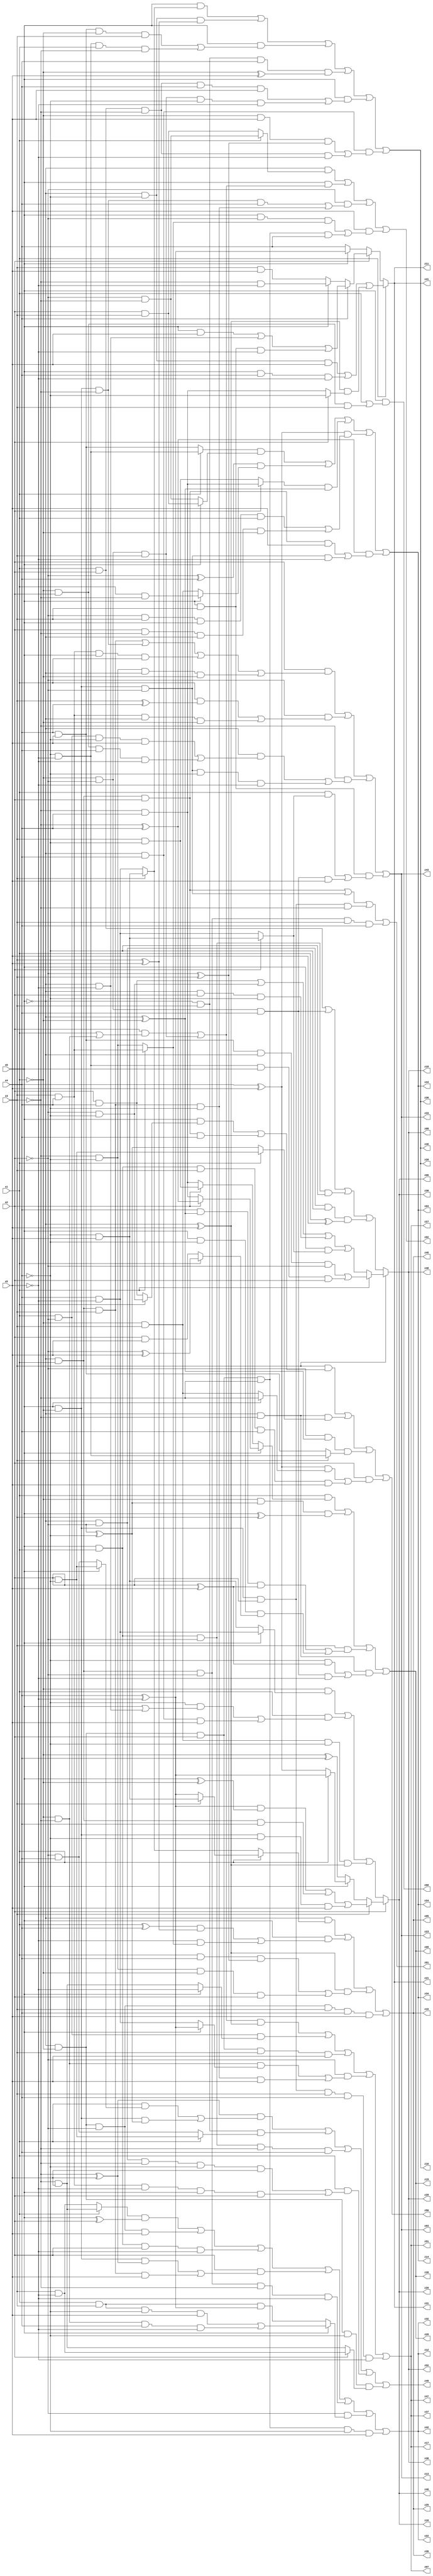
// Benchmark "q_8" written by ABC on Tue Jul 11 03:54:42 2023

module q_8 ( 
    x0, x1, x2, x3, x4, x5,
    z00, z01, z02, z03, z04, z05, z06, z07, z08, z09, z10, z11, z12, z13,
    z14, z15, z16, z17, z18, z19, z20, z21, z22, z23, z24, z25, z26, z27,
    z28, z29, z30, z31, z32, z33, z34, z35, z36, z37, z38, z39, z40, z41,
    z42, z43, z44, z45, z46, z47, z48, z49, z50, z51, z52  );
  input  x0, x1, x2, x3, x4, x5;
  output z00, z01, z02, z03, z04, z05, z06, z07, z08, z09, z10, z11, z12, z13,
    z14, z15, z16, z17, z18, z19, z20, z21, z22, z23, z24, z25, z26, z27,
    z28, z29, z30, z31, z32, z33, z34, z35, z36, z37, z38, z39, z40, z41,
    z42, z43, z44, z45, z46, z47, z48, z49, z50, z51, z52;
  assign z00 = x0 & (x1 | (~x1 & x2 & x3));
  assign z01 = (~x0 & x1 & x2) | (x0 & ~x1 & ~x2) | (x0 & ~x1 & x2 & ~x3) | (~x0 & x1 & ~x2 & x3 & x4);
  assign z02 = (~x0 & (x1 ? (~x2 & ~x3) : (x2 & x3))) | (x0 & ((x2 & (x1 | (~x1 & ~x3))) | (~x1 & ~x2 & x3))) | (~x2 & ((x0 & ~x1 & ~x3 & x4) | (~x0 & x1 & x3 & ~x4))) | (x5 & ((x0 & ~x2 & (x1 ? (x3 & x4) : (~x3 & ~x4))) | (~x0 & ~x1 & x2 & ~x3 & x4)));
  assign z03 = (x2 & ((~x0 & x1 & x3) | (x0 & ~x1 & ~x3) | (x3 & x4 & x0 & x1) | (~x3 & ~x4 & ~x0 & ~x1))) | (~x2 & ((x1 & (x3 ^ x4)) | (x3 & x4 & ~x0 & ~x1))) | (~x3 & ((~x0 & ((x1 & ~x2 & ~x4 & x5) | (~x1 & x2 & x4 & ~x5))) | (x0 & ~x1 & ~x2 & ~x4 & ~x5))) | (x0 & x3 & ((x1 & (x2 ? (~x4 & x5) : (x4 & ~x5))) | (~x1 & ~x2 & x4 & x5)));
  assign z04 = ((x1 ? (~x4 & ~x5) : (x4 & x5)) & (x0 ? (x2 & x3) : (~x2 & ~x3))) | ((~x2 ^ x4) & (x0 ? (x1 & ~x3) : (~x1 & x3))) | ((x2 ? (~x3 & x4) : (x3 & ~x4)) & (~x0 ^ ~x1)) | ((x4 ^ x5) & ((~x2 & x3 & x0 & x1) | (x2 & ~x3 & ~x0 & ~x1))) | ((~x3 ^ x4) & ((~x0 & x1 & x2 & x5) | (x0 & ~x1 & ~x2 & ~x5)));
  assign z05 = (~x0 & (x1 ? (x3 ? (~x4 & x5) : (x4 ^ ~x5)) : (x3 ? (~x4 & x5) : (x4 & ~x5)))) | (x0 & (((x1 ^ x4) & (x3 ^ x5)) | (~x5 & (x1 ? (x3 & x4) : (~x3 & ~x4))))) | ((~x0 ^ x5) & ((x1 & x4 & (~x2 ^ x3)) | (~x3 & ~x4 & ~x1 & x2))) | (~x0 & ~x1 & ~x2 & x3 & x4 & x5);
  assign z06 = x2 ? (x3 ? (((x4 ^ ~x5) & (x0 ^ ~x1)) | (~x0 & x1 & x4) | (x0 & ~x1 & ~x4 & x5)) : (x0 ? (x1 ? (x4 ^ ~x5) : (x4 ^ x5)) : (~x1 ^ x4))) : ((~x1 & (x0 ? (x4 & ~x5) : (~x4 & x5))) | (x1 & ((~x4 & (x0 | (~x0 & ~x5))) | (~x0 & x4 & x5))) | (~x1 & x3 & ~x4 & (~x0 ^ x5)));
  assign z07 = (((x2 & (x1 | (~x1 & ~x3))) | (~x1 & ~x2 & x3)) & (~x0 ^ x5)) | (x1 & ~x2 & (x0 ? ~x5 : (~x3 & x5))) | (~x0 & ~x1 & x2 & x3 & x5) | (~x2 & ((~x1 & ~x3 & (x0 ? (x4 ^ ~x5) : (x4 & ~x5))) | (~x0 & x1 & x3 & ~x4 & x5))) | (x0 & ~x1 & x2 & x3 & x4 & ~x5);
  assign z08 = x3 ? (x1 ? ((x4 & x5 & ~x0 & ~x2) | (~x4 & ~x5 & x0 & x2)) : ((x2 & x4) | (~x2 & ~x4) | (~x0 & x2 & ~x4) | (x0 & (x2 ? (~x4 & x5) : (x4 & ~x5))))) : ((x1 & x2) | (~x1 & ~x2 & x4) | (x0 & x1 & ~x2 & ~x4) | (~x0 & ~x2 & ~x4 & (x1 ^ x5)));
  assign z09 = (x1 & (x0 ? (x2 ? (~x3 ^ x4) : (~x3 & x4)) : (x2 ? (x3 & ~x4) : (~x3 & x4)))) | (~x1 & (~x2 ^ ~x4) & (x0 ^ x3)) | (x3 & ((x4 & (~x0 ^ ~x1) & (x2 ^ x5)) | (x0 & ~x4 & (x1 ? (~x2 ^ x5) : (x2 & x5))))) | (~x0 & ~x3 & ((~x4 & (x2 ^ x5)) | (~x1 & ~x2 & x4 & ~x5)));
  assign z10 = (x0 & (x3 ? (~x4 & x5) : (x4 & ~x5))) | (~x0 & ~x4 & (x3 ^ x5)) | (x0 & ((x4 & x5 & ~x1 & x3) | (~x4 & ~x5 & x1 & ~x3))) | (~x0 & x3 & x4 & (~x1 ^ x5)) | (x0 & ((x1 & x2 & ~x3 & x4 & x5) | (~x1 & ~x2 & x3 & ~x4 & ~x5))) | (~x0 & x4 & ((~x1 & x5 & (~x2 ^ x3)) | (x1 & x2 & ~x3 & ~x5)));
  assign z11 = x1 ? ((~x0 & ~x4 & x5) | (x0 & x4 & ~x5) | ((~x0 ^ x5) & (x2 ? ~x4 : (~x3 & x4)))) : (x2 ? (x4 ? ((x0 & x5) | (~x0 & ~x5) | (x0 & x3 & ~x5)) : (x0 ? (~x3 & ~x5) : (x3 & x5))) : (x0 ? (x4 ^ ~x5) : x4));
  assign z12 = ((x1 ? (~x3 & x5) : (x3 & ~x5)) & (x0 ^ x2)) | (~x0 & ~x1 & ~x2 & x5) | (x0 & x1 & x2 & ~x5) | (x2 & ((x0 & ~x1 & (~x3 ^ x5)) | (~x0 & x1 & x3 & x5))) | (~x0 & x1 & ~x2 & ~x3 & ~x5) | (~x2 & (x0 ? ((x1 & x3 & ~x4 & x5) | (~x1 & ~x3 & x4 & ~x5)) : (x1 & x3 & (x4 ^ ~x5)))) | (~x0 & ~x1 & x2 & ~x3 & ~x4 & x5);
  assign z13 = (x2 & ((~x0 & x1 & x3) | (x0 & ~x1 & ~x3) | (x3 & x4 & x0 & x1) | (~x3 & ~x4 & ~x0 & ~x1))) | (~x2 & ((x1 & (x3 ^ x4)) | (x3 & x4 & ~x0 & ~x1))) | (~x3 & ((~x0 & ((x1 & ~x2 & ~x4 & x5) | (~x1 & x2 & x4 & ~x5))) | (x0 & ~x1 & ~x2 & ~x4 & ~x5))) | (x0 & x3 & ((x1 & (x2 ? (~x4 & x5) : (x4 & ~x5))) | (~x1 & ~x2 & x4 & x5)));
  assign z14 = ((x1 ? (~x4 & ~x5) : (x4 & x5)) & (x0 ? (x2 & x3) : (~x2 & ~x3))) | ((~x2 ^ x4) & (x0 ? (x1 & ~x3) : (~x1 & x3))) | ((x2 ? (~x3 & x4) : (x3 & ~x4)) & (~x0 ^ ~x1)) | ((x4 ^ x5) & ((~x2 & x3 & x0 & x1) | (x2 & ~x3 & ~x0 & ~x1))) | ((~x3 ^ x4) & ((~x0 & x1 & x2 & x5) | (x0 & ~x1 & ~x2 & ~x5)));
  assign z15 = (~x0 & (x1 ? (x3 ? (~x4 & x5) : (x4 ^ ~x5)) : (x3 ? (~x4 & x5) : (x4 & ~x5)))) | (x0 & (((x1 ^ x4) & (x3 ^ x5)) | (~x5 & (x1 ? (x3 & x4) : (~x3 & ~x4))))) | ((~x0 ^ x5) & ((x1 & x4 & (~x2 ^ x3)) | (~x3 & ~x4 & ~x1 & x2))) | (~x0 & ~x1 & ~x2 & x3 & x4 & x5);
  assign z16 = x2 ? (x3 ? (((x4 ^ ~x5) & (x0 ^ ~x1)) | (~x0 & x1 & x4) | (x0 & ~x1 & ~x4 & x5)) : (x0 ? (x1 ? (x4 ^ ~x5) : (x4 ^ x5)) : (~x1 ^ x4))) : ((~x1 & (x0 ? (x4 & ~x5) : (~x4 & x5))) | (x1 & ((~x4 & (x0 | (~x0 & ~x5))) | (~x0 & x4 & x5))) | (~x1 & x3 & ~x4 & (~x0 ^ x5)));
  assign z17 = (((x2 & (x1 | (~x1 & ~x3))) | (~x1 & ~x2 & x3)) & (~x0 ^ x5)) | (x1 & ~x2 & (x0 ? ~x5 : (~x3 & x5))) | (~x0 & ~x1 & x2 & x3 & x5) | (~x2 & ((~x1 & ~x3 & (x0 ? (x4 ^ ~x5) : (x4 & ~x5))) | (~x0 & x1 & x3 & ~x4 & x5))) | (x0 & ~x1 & x2 & x3 & x4 & ~x5);
  assign z18 = x3 ? (x1 ? ((x4 & x5 & ~x0 & ~x2) | (~x4 & ~x5 & x0 & x2)) : ((x2 & x4) | (~x2 & ~x4) | (~x0 & x2 & ~x4) | (x0 & (x2 ? (~x4 & x5) : (x4 & ~x5))))) : ((x1 & x2) | (~x1 & ~x2 & x4) | (x0 & x1 & ~x2 & ~x4) | (~x0 & ~x2 & ~x4 & (x1 ^ x5)));
  assign z19 = (x1 & (x0 ? (x2 ? (~x3 ^ x4) : (~x3 & x4)) : (x2 ? (x3 & ~x4) : (~x3 & x4)))) | (~x1 & (~x2 ^ ~x4) & (x0 ^ x3)) | (x3 & ((x4 & (~x0 ^ ~x1) & (x2 ^ x5)) | (x0 & ~x4 & (x1 ? (~x2 ^ x5) : (x2 & x5))))) | (~x0 & ~x3 & ((~x4 & (x2 ^ x5)) | (~x1 & ~x2 & x4 & ~x5)));
  assign z20 = (x0 & (x3 ? (~x4 & x5) : (x4 & ~x5))) | (~x0 & ~x4 & (x3 ^ x5)) | (x0 & ((x4 & x5 & ~x1 & x3) | (~x4 & ~x5 & x1 & ~x3))) | (~x0 & x3 & x4 & (~x1 ^ x5)) | (x0 & ((x1 & x2 & ~x3 & x4 & x5) | (~x1 & ~x2 & x3 & ~x4 & ~x5))) | (~x0 & x4 & ((~x1 & x5 & (~x2 ^ x3)) | (x1 & x2 & ~x3 & ~x5)));
  assign z21 = x1 ? ((~x0 & ~x4 & x5) | (x0 & x4 & ~x5) | ((~x0 ^ x5) & (x2 ? ~x4 : (~x3 & x4)))) : (x2 ? (x4 ? ((x0 & x5) | (~x0 & ~x5) | (x0 & x3 & ~x5)) : (x0 ? (~x3 & ~x5) : (x3 & x5))) : (x0 ? (x4 ^ ~x5) : x4));
  assign z22 = ((x1 ? (~x3 & x5) : (x3 & ~x5)) & (x0 ^ x2)) | (~x0 & ~x1 & ~x2 & x5) | (x0 & x1 & x2 & ~x5) | (x2 & ((x0 & ~x1 & (~x3 ^ x5)) | (~x0 & x1 & x3 & x5))) | (~x0 & x1 & ~x2 & ~x3 & ~x5) | (~x2 & (x0 ? ((x1 & x3 & ~x4 & x5) | (~x1 & ~x3 & x4 & ~x5)) : (x1 & x3 & (x4 ^ ~x5)))) | (~x0 & ~x1 & x2 & ~x3 & ~x4 & x5);
  assign z23 = (x2 & ((~x0 & x1 & x3) | (x0 & ~x1 & ~x3) | (x3 & x4 & x0 & x1) | (~x3 & ~x4 & ~x0 & ~x1))) | (~x2 & ((x1 & (x3 ^ x4)) | (x3 & x4 & ~x0 & ~x1))) | (~x3 & ((~x0 & ((x1 & ~x2 & ~x4 & x5) | (~x1 & x2 & x4 & ~x5))) | (x0 & ~x1 & ~x2 & ~x4 & ~x5))) | (x0 & x3 & ((x1 & (x2 ? (~x4 & x5) : (x4 & ~x5))) | (~x1 & ~x2 & x4 & x5)));
  assign z24 = ((x1 ? (~x4 & ~x5) : (x4 & x5)) & (x0 ? (x2 & x3) : (~x2 & ~x3))) | ((~x2 ^ x4) & (x0 ? (x1 & ~x3) : (~x1 & x3))) | ((x2 ? (~x3 & x4) : (x3 & ~x4)) & (~x0 ^ ~x1)) | ((x4 ^ x5) & ((~x2 & x3 & x0 & x1) | (x2 & ~x3 & ~x0 & ~x1))) | ((~x3 ^ x4) & ((~x0 & x1 & x2 & x5) | (x0 & ~x1 & ~x2 & ~x5)));
  assign z25 = (~x0 & (x1 ? (x3 ? (~x4 & x5) : (x4 ^ ~x5)) : (x3 ? (~x4 & x5) : (x4 & ~x5)))) | (x0 & (((x1 ^ x4) & (x3 ^ x5)) | (~x5 & (x1 ? (x3 & x4) : (~x3 & ~x4))))) | ((~x0 ^ x5) & ((x1 & x4 & (~x2 ^ x3)) | (~x3 & ~x4 & ~x1 & x2))) | (~x0 & ~x1 & ~x2 & x3 & x4 & x5);
  assign z26 = x2 ? (x3 ? (((x4 ^ ~x5) & (x0 ^ ~x1)) | (~x0 & x1 & x4) | (x0 & ~x1 & ~x4 & x5)) : (x0 ? (x1 ? (x4 ^ ~x5) : (x4 ^ x5)) : (~x1 ^ x4))) : ((~x1 & (x0 ? (x4 & ~x5) : (~x4 & x5))) | (x1 & ((~x4 & (x0 | (~x0 & ~x5))) | (~x0 & x4 & x5))) | (~x1 & x3 & ~x4 & (~x0 ^ x5)));
  assign z27 = (((x2 & (x1 | (~x1 & ~x3))) | (~x1 & ~x2 & x3)) & (~x0 ^ x5)) | (x1 & ~x2 & (x0 ? ~x5 : (~x3 & x5))) | (~x0 & ~x1 & x2 & x3 & x5) | (~x2 & ((~x1 & ~x3 & (x0 ? (x4 ^ ~x5) : (x4 & ~x5))) | (~x0 & x1 & x3 & ~x4 & x5))) | (x0 & ~x1 & x2 & x3 & x4 & ~x5);
  assign z28 = x3 ? (x1 ? ((x4 & x5 & ~x0 & ~x2) | (~x4 & ~x5 & x0 & x2)) : ((x2 & x4) | (~x2 & ~x4) | (~x0 & x2 & ~x4) | (x0 & (x2 ? (~x4 & x5) : (x4 & ~x5))))) : ((x1 & x2) | (~x1 & ~x2 & x4) | (x0 & x1 & ~x2 & ~x4) | (~x0 & ~x2 & ~x4 & (x1 ^ x5)));
  assign z29 = (x1 & (x0 ? (x2 ? (~x3 ^ x4) : (~x3 & x4)) : (x2 ? (x3 & ~x4) : (~x3 & x4)))) | (~x1 & (~x2 ^ ~x4) & (x0 ^ x3)) | (x3 & ((x4 & (~x0 ^ ~x1) & (x2 ^ x5)) | (x0 & ~x4 & (x1 ? (~x2 ^ x5) : (x2 & x5))))) | (~x0 & ~x3 & ((~x4 & (x2 ^ x5)) | (~x1 & ~x2 & x4 & ~x5)));
  assign z30 = (x0 & (x3 ? (~x4 & x5) : (x4 & ~x5))) | (~x0 & ~x4 & (x3 ^ x5)) | (x0 & ((x4 & x5 & ~x1 & x3) | (~x4 & ~x5 & x1 & ~x3))) | (~x0 & x3 & x4 & (~x1 ^ x5)) | (x0 & ((x1 & x2 & ~x3 & x4 & x5) | (~x1 & ~x2 & x3 & ~x4 & ~x5))) | (~x0 & x4 & ((~x1 & x5 & (~x2 ^ x3)) | (x1 & x2 & ~x3 & ~x5)));
  assign z31 = x1 ? ((~x0 & ~x4 & x5) | (x0 & x4 & ~x5) | ((~x0 ^ x5) & (x2 ? ~x4 : (~x3 & x4)))) : (x2 ? (x4 ? ((x0 & x5) | (~x0 & ~x5) | (x0 & x3 & ~x5)) : (x0 ? (~x3 & ~x5) : (x3 & x5))) : (x0 ? (x4 ^ ~x5) : x4));
  assign z32 = ((x1 ? (~x3 & x5) : (x3 & ~x5)) & (x0 ^ x2)) | (~x0 & ~x1 & ~x2 & x5) | (x0 & x1 & x2 & ~x5) | (x2 & ((x0 & ~x1 & (~x3 ^ x5)) | (~x0 & x1 & x3 & x5))) | (~x0 & x1 & ~x2 & ~x3 & ~x5) | (~x2 & (x0 ? ((x1 & x3 & ~x4 & x5) | (~x1 & ~x3 & x4 & ~x5)) : (x1 & x3 & (x4 ^ ~x5)))) | (~x0 & ~x1 & x2 & ~x3 & ~x4 & x5);
  assign z33 = (x2 & ((~x0 & x1 & x3) | (x0 & ~x1 & ~x3) | (x3 & x4 & x0 & x1) | (~x3 & ~x4 & ~x0 & ~x1))) | (~x2 & ((x1 & (x3 ^ x4)) | (x3 & x4 & ~x0 & ~x1))) | (~x3 & ((~x0 & ((x1 & ~x2 & ~x4 & x5) | (~x1 & x2 & x4 & ~x5))) | (x0 & ~x1 & ~x2 & ~x4 & ~x5))) | (x0 & x3 & ((x1 & (x2 ? (~x4 & x5) : (x4 & ~x5))) | (~x1 & ~x2 & x4 & x5)));
  assign z34 = ((x1 ? (~x4 & ~x5) : (x4 & x5)) & (x0 ? (x2 & x3) : (~x2 & ~x3))) | ((~x2 ^ x4) & (x0 ? (x1 & ~x3) : (~x1 & x3))) | ((x2 ? (~x3 & x4) : (x3 & ~x4)) & (~x0 ^ ~x1)) | ((x4 ^ x5) & ((~x2 & x3 & x0 & x1) | (x2 & ~x3 & ~x0 & ~x1))) | ((~x3 ^ x4) & ((~x0 & x1 & x2 & x5) | (x0 & ~x1 & ~x2 & ~x5)));
  assign z35 = (~x0 & (x1 ? (x3 ? (~x4 & x5) : (x4 ^ ~x5)) : (x3 ? (~x4 & x5) : (x4 & ~x5)))) | (x0 & (((x1 ^ x4) & (x3 ^ x5)) | (~x5 & (x1 ? (x3 & x4) : (~x3 & ~x4))))) | ((~x0 ^ x5) & ((x1 & x4 & (~x2 ^ x3)) | (~x3 & ~x4 & ~x1 & x2))) | (~x0 & ~x1 & ~x2 & x3 & x4 & x5);
  assign z36 = x2 ? (x3 ? (((x4 ^ ~x5) & (x0 ^ ~x1)) | (~x0 & x1 & x4) | (x0 & ~x1 & ~x4 & x5)) : (x0 ? (x1 ? (x4 ^ ~x5) : (x4 ^ x5)) : (~x1 ^ x4))) : ((~x1 & (x0 ? (x4 & ~x5) : (~x4 & x5))) | (x1 & ((~x4 & (x0 | (~x0 & ~x5))) | (~x0 & x4 & x5))) | (~x1 & x3 & ~x4 & (~x0 ^ x5)));
  assign z37 = (((x2 & (x1 | (~x1 & ~x3))) | (~x1 & ~x2 & x3)) & (~x0 ^ x5)) | (x1 & ~x2 & (x0 ? ~x5 : (~x3 & x5))) | (~x0 & ~x1 & x2 & x3 & x5) | (~x2 & ((~x1 & ~x3 & (x0 ? (x4 ^ ~x5) : (x4 & ~x5))) | (~x0 & x1 & x3 & ~x4 & x5))) | (x0 & ~x1 & x2 & x3 & x4 & ~x5);
  assign z38 = x3 ? (x1 ? ((x4 & x5 & ~x0 & ~x2) | (~x4 & ~x5 & x0 & x2)) : ((x2 & x4) | (~x2 & ~x4) | (~x0 & x2 & ~x4) | (x0 & (x2 ? (~x4 & x5) : (x4 & ~x5))))) : ((x1 & x2) | (~x1 & ~x2 & x4) | (x0 & x1 & ~x2 & ~x4) | (~x0 & ~x2 & ~x4 & (x1 ^ x5)));
  assign z39 = (x1 & (x0 ? (x2 ? (~x3 ^ x4) : (~x3 & x4)) : (x2 ? (x3 & ~x4) : (~x3 & x4)))) | (~x1 & (~x2 ^ ~x4) & (x0 ^ x3)) | (x3 & ((x4 & (~x0 ^ ~x1) & (x2 ^ x5)) | (x0 & ~x4 & (x1 ? (~x2 ^ x5) : (x2 & x5))))) | (~x0 & ~x3 & ((~x4 & (x2 ^ x5)) | (~x1 & ~x2 & x4 & ~x5)));
  assign z40 = (x0 & (x3 ? (~x4 & x5) : (x4 & ~x5))) | (~x0 & ~x4 & (x3 ^ x5)) | (x0 & ((x4 & x5 & ~x1 & x3) | (~x4 & ~x5 & x1 & ~x3))) | (~x0 & x3 & x4 & (~x1 ^ x5)) | (x0 & ((x1 & x2 & ~x3 & x4 & x5) | (~x1 & ~x2 & x3 & ~x4 & ~x5))) | (~x0 & x4 & ((~x1 & x5 & (~x2 ^ x3)) | (x1 & x2 & ~x3 & ~x5)));
  assign z41 = x1 ? ((~x0 & ~x4 & x5) | (x0 & x4 & ~x5) | ((~x0 ^ x5) & (x2 ? ~x4 : (~x3 & x4)))) : (x2 ? (x4 ? ((x0 & x5) | (~x0 & ~x5) | (x0 & x3 & ~x5)) : (x0 ? (~x3 & ~x5) : (x3 & x5))) : (x0 ? (x4 ^ ~x5) : x4));
  assign z42 = ((x1 ? (~x3 & x5) : (x3 & ~x5)) & (x0 ^ x2)) | (~x0 & ~x1 & ~x2 & x5) | (x0 & x1 & x2 & ~x5) | (x2 & ((x0 & ~x1 & (~x3 ^ x5)) | (~x0 & x1 & x3 & x5))) | (~x0 & x1 & ~x2 & ~x3 & ~x5) | (~x2 & (x0 ? ((x1 & x3 & ~x4 & x5) | (~x1 & ~x3 & x4 & ~x5)) : (x1 & x3 & (x4 ^ ~x5)))) | (~x0 & ~x1 & x2 & ~x3 & ~x4 & x5);
  assign z43 = (x2 & ((~x0 & x1 & x3) | (x0 & ~x1 & ~x3) | (x3 & x4 & x0 & x1) | (~x3 & ~x4 & ~x0 & ~x1))) | (~x2 & ((x1 & (x3 ^ x4)) | (x3 & x4 & ~x0 & ~x1))) | (~x3 & ((~x0 & ((x1 & ~x2 & ~x4 & x5) | (~x1 & x2 & x4 & ~x5))) | (x0 & ~x1 & ~x2 & ~x4 & ~x5))) | (x0 & x3 & ((x1 & (x2 ? (~x4 & x5) : (x4 & ~x5))) | (~x1 & ~x2 & x4 & x5)));
  assign z44 = ((x1 ? (~x4 & ~x5) : (x4 & x5)) & (x0 ? (x2 & x3) : (~x2 & ~x3))) | ((~x2 ^ x4) & (x0 ? (x1 & ~x3) : (~x1 & x3))) | ((x2 ? (~x3 & x4) : (x3 & ~x4)) & (~x0 ^ ~x1)) | ((x4 ^ x5) & ((~x2 & x3 & x0 & x1) | (x2 & ~x3 & ~x0 & ~x1))) | ((~x3 ^ x4) & ((~x0 & x1 & x2 & x5) | (x0 & ~x1 & ~x2 & ~x5)));
  assign z45 = (~x0 & (x1 ? (x3 ? (~x4 & x5) : (x4 ^ ~x5)) : (x3 ? (~x4 & x5) : (x4 & ~x5)))) | (x0 & (((x1 ^ x4) & (x3 ^ x5)) | (~x5 & (x1 ? (x3 & x4) : (~x3 & ~x4))))) | ((~x0 ^ x5) & ((x1 & x4 & (~x2 ^ x3)) | (~x3 & ~x4 & ~x1 & x2))) | (~x0 & ~x1 & ~x2 & x3 & x4 & x5);
  assign z46 = x2 ? (x3 ? (((x4 ^ ~x5) & (x0 ^ ~x1)) | (~x0 & x1 & x4) | (x0 & ~x1 & ~x4 & x5)) : (x0 ? (x1 ? (x4 ^ ~x5) : (x4 ^ x5)) : (~x1 ^ x4))) : ((~x1 & (x0 ? (x4 & ~x5) : (~x4 & x5))) | (x1 & ((~x4 & (x0 | (~x0 & ~x5))) | (~x0 & x4 & x5))) | (~x1 & x3 & ~x4 & (~x0 ^ x5)));
  assign z47 = (((x2 & (x1 | (~x1 & ~x3))) | (~x1 & ~x2 & x3)) & (~x0 ^ x5)) | (x1 & ~x2 & (x0 ? ~x5 : (~x3 & x5))) | (~x0 & ~x1 & x2 & x3 & x5) | (~x2 & ((~x1 & ~x3 & (x0 ? (x4 ^ ~x5) : (x4 & ~x5))) | (~x0 & x1 & x3 & ~x4 & x5))) | (x0 & ~x1 & x2 & x3 & x4 & ~x5);
  assign z48 = x3 ? (x1 ? ((x4 & x5 & ~x0 & ~x2) | (~x4 & ~x5 & x0 & x2)) : ((x2 & x4) | (~x2 & ~x4) | (~x0 & x2 & ~x4) | (x0 & (x2 ? (~x4 & x5) : (x4 & ~x5))))) : ((x1 & x2) | (~x1 & ~x2 & x4) | (x0 & x1 & ~x2 & ~x4) | (~x0 & ~x2 & ~x4 & (x1 ^ x5)));
  assign z49 = ((~x3 ^ x5) & ((x1 & (x0 ? (x2 & ~x4) : (~x2 & x4))) | (x0 & ~x1 & (~x2 ^ ~x4)))) | (~x0 & x3 & (x1 ? (x2 & ~x4) : (~x2 & x4))) | (x0 & x1 & ~x2 & ~x3 & x4) | (x1 & ((~x0 & ~x2 & ~x3 & ~x4 & x5) | (x3 & x4 & ~x5 & x0 & x2))) | (~x0 & ~x1 & ~x4 & (x2 ? (x3 & ~x5) : (~x3 & x5)));
  assign z50 = (x3 & ((x0 & (x1 ? (~x2 & ~x4) : (x2 & x4))) | (~x0 & x1 & x2 & x4))) | (~x0 & ~x3 & (x1 ? (x2 & ~x4) : (~x2 ^ ~x4))) | (~x2 & (~x0 ^ ~x1) & (x3 ? (~x4 & ~x5) : (x4 & x5))) | (x2 & (((x4 ^ x5) & (x0 ? ~x3 : (~x1 & x3))) | (x0 & x1 & x3 & x4 & x5)));
  assign z51 = (((x2 & (x1 | (~x1 & ~x3))) | (~x1 & ~x2 & x3)) & (~x0 ^ x5)) | (x1 & ~x2 & (x0 ? ~x5 : (~x3 & x5))) | (~x0 & ~x1 & x2 & x3 & x5) | (~x2 & ((~x1 & ~x3 & (x0 ? (x4 ^ ~x5) : (x4 & ~x5))) | (~x0 & x1 & x3 & ~x4 & x5))) | (x0 & ~x1 & x2 & x3 & x4 & ~x5);
  assign z52 = x3 ? (x1 ? ((x4 & x5 & ~x0 & ~x2) | (~x4 & ~x5 & x0 & x2)) : ((x2 & x4) | (~x2 & ~x4) | (~x0 & x2 & ~x4) | (x0 & (x2 ? (~x4 & x5) : (x4 & ~x5))))) : ((x1 & x2) | (~x1 & ~x2 & x4) | (x0 & x1 & ~x2 & ~x4) | (~x0 & ~x2 & ~x4 & (x1 ^ x5)));
endmodule